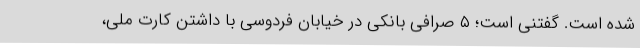
شده است. گفتنی است؛ ۵ صرافی بانکی در خیابان فردوسی با داشتن کارت ملی،